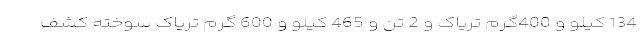
134 کیلو و 400گرم تریاک و 2 تن و 465 کیلو و 600 گرم تریاک سوخته کشف